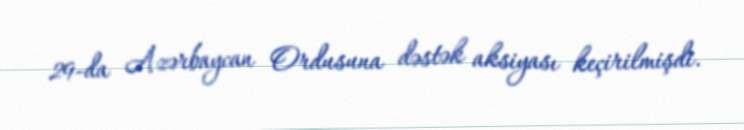
29-da Azərbaycan Ordusuna dəstək aksiyası keçirilmişdi.